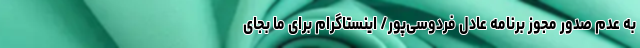
به عدم صدور مجوز برنامه عادل فردوسی‌پور/ اینستاگرام برای ما بجای